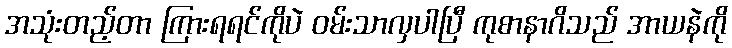
အသုံးတည့်တာ ကြားရရင်ကိုပဲ ဝမ်းသာလှပါပြီ ကုစာနာဂိသည် အာယနဲကို